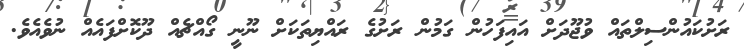
ރަށުކައުންސިލްތައް ވުޖޫދަށް އައިފަހުން ގަމުން ރަށުގެ ރައްޔިތަކަށް ނޫނީ ގޯއްޗެއް ދޫކޮށްފައެއް ނުވެއެވެ.